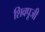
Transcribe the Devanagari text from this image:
शिवपूजी